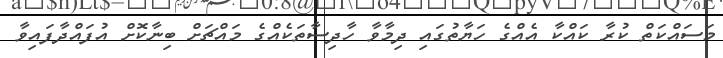
މަސައްކަތް ކުރާ ކައްކާ އެއްގެ ހަޔާތުގައި ދިމާވާ ހާދިސާތަކެއްގެ މައްޗަށް ބިނާކޮށް އުފައްދާފައިވާ